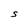
Character: S